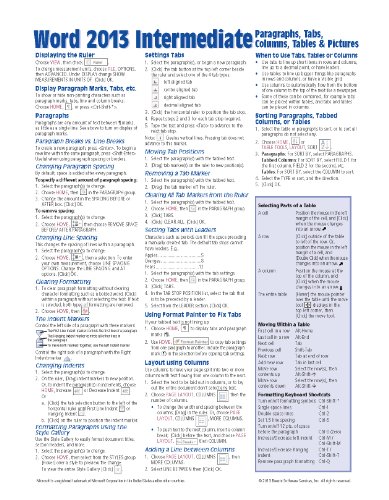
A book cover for Microsoft Word 2013 Intermediate Quick Reference: Paragraphs, Tabs, Columns, Tables & Pictures (Cheat Sheet of Instructions, Tips & Shortcuts - Laminated Card); Beezix Inc.; Computers & Technology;